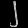
Digit: ၂